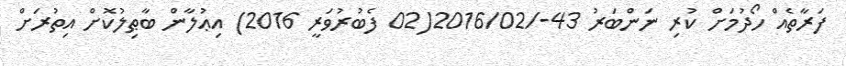
ފަރާތެއް ހޯދުމަށް ކުރި ނަންބަރު 43-/2016/02(02 ފެބުރުވަރީ 2016) އިޢުލާން ބާޠިލުކޮށް އިތުރަށް